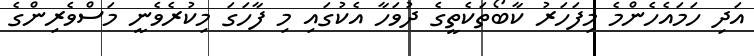
އަދި ހަމައެހެންމެ މިފަހަރު ކާބޯތަކެތީގެ ދުވަހާ އެކުގައި މި ފާހަގަ މިކުރެވެނީ މަސްވެރިންގެ